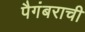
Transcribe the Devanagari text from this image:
पैगंबराची